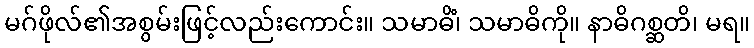
မဂ်ဖိုလ်၏အစွမ်းဖြင့်လည်းကောင်း။ သမာဓိံ၊ သမာဓိကို။ နာဓိဂစ္ဆတိ၊ မရ။